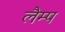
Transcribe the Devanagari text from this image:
लैम्‍प